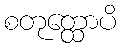
စတုတ္ထောပိ